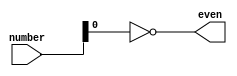

module is_even(
    input [31:0] number,
    output even
);
    assign even = ~number[0];
endmodule